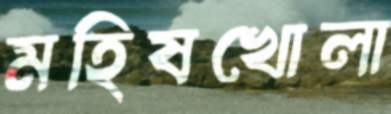
মহিষখোলা